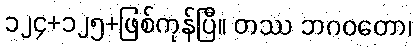
၁၂၄+၁၂၅+ဖြစ်ကုန်ပြီ။ တဿ ဘဂဝတော၊